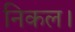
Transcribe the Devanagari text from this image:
निकल।